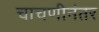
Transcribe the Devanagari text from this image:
चाचणीनंतर